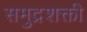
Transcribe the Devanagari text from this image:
समुद्रशक्ती